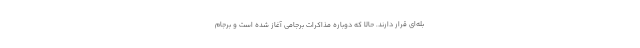
بله‌ای قرار دارند. حالا که دوباره مذاکرات برجامی آغاز شده است و برجام